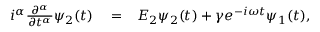
\begin{array} { r l r } { i ^ { \alpha } \frac { \partial ^ { \alpha } } { \partial t ^ { \alpha } } \psi _ { 2 } ( t ) } & { { } = } & { E _ { 2 } \psi _ { 2 } ( t ) + \gamma e ^ { - i \omega t } \psi _ { 1 } ( t ) , } \end{array}